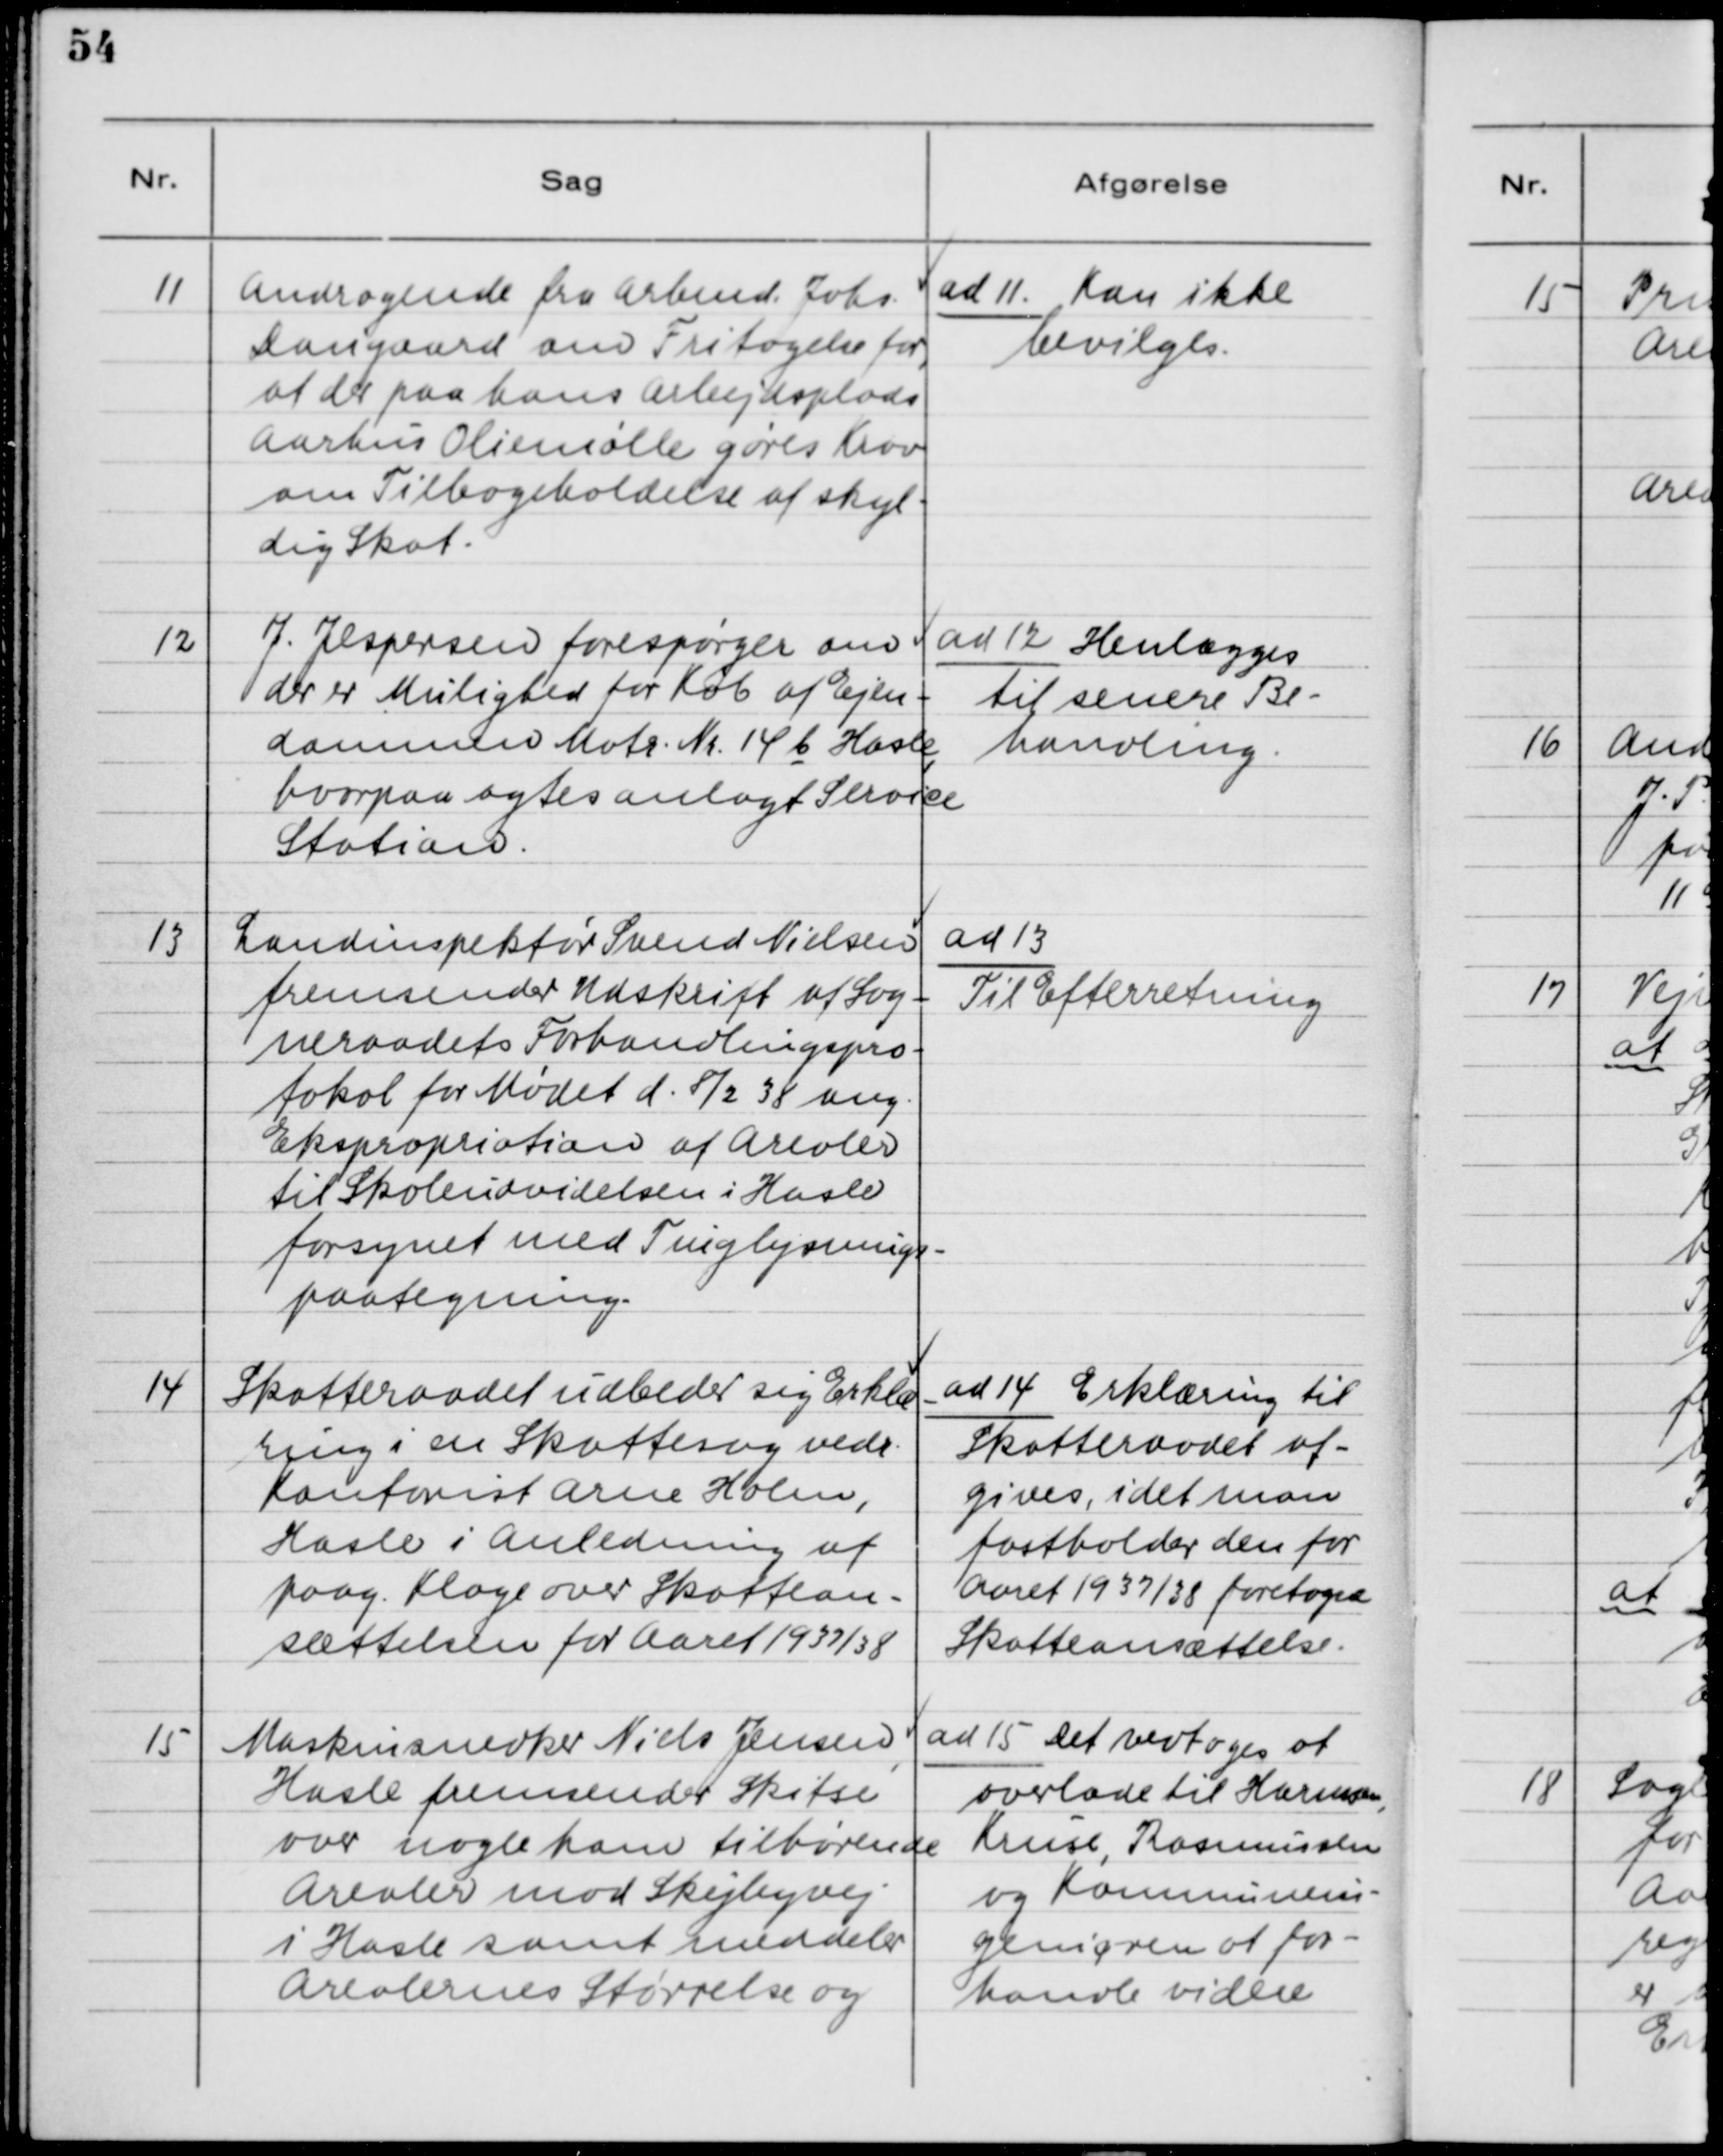
Transskription:
11. Andragende fra Arbmd. Johs.
Dangaard om Fritagelse for,
at der paa hans Arbejdsplads
Aarhus Oliemølle gøres Krav
om Tilbegeholdelse af skyl-
dig Skat.

ad 11. Kan ikke
bevilges

12. J. Jespersen forespørger om
der er Mulighed for Køb af Ejen-
dommen Matr. Nr. 14 b Hasle,
hvorpaa agtes anlagt Service
Station.

ad 12. Henlægges
til senere Be-
handling.

13. Landinspektør Svend Nielsen
fremsender Udskrift af Sog-
neraadsmødets Forhandlingspro-
tokol for Mødet d. 8/2 38 ang.
Eksproproation af Arealer
til Skoleudvidelsen i Hasle
forsynet med Tinglysnings-
paategning.

ad 13.
Til Efterretning.

14. Skatteraadet udbeder sig Erklæ-
ring i en Skattesag vedr.
Kontorist Arne Holm,
Hasle i Anledning af
paag. Klage over Skattean-
sættelsen for Aaret 1937/38

ad 14. Erklæring til
Skatteraadet af-
gives, idet man
fastholder den for
Aaret 1937/38 foretagne
Skatteansættelse.

15. Maskinsnedker Niels Jensen,
Hasle fremsender Skitse
over nogle ham tilhørende
Arealer mod Skejbyvej
i Hasle samt meddeler
Arealernes Størrelse og

ad 15. Det vedtoges, at
overlade til Harmsen,
Kruse, Rasmussen
og Kommunein-
geniøren at for-
handle videre